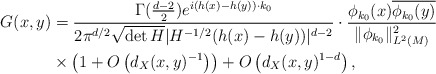
\begin{align*}G(x,y)&=\frac{\Gamma(\frac{d-2}{2})e^{i(h(x)-h(y))\cdot k_0}}{2\pi^{d/2}\sqrt{\det H}|H^{-1/2}(h(x)-h(y))|^{d-2}}\cdot \frac{\phi_{k_0}(x)\overline{\phi_{k_0}(y)}}{\|\phi_{k_0}\|_{L^2(M)}^2}\\& \times \left(1+O\left(d_X(x,y)^{-1}\right)\right)+O\left(d_{X}(x,y)^{1-d}\right),\end{align*}